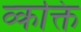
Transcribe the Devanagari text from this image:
व्कक्ति